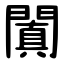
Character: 闐